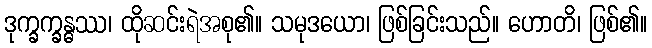
ဒုက္ခက္ခန္ဓဿ၊ ထိုဆင်းရဲအစု၏။ သမုဒယော၊ ဖြစ်ခြင်းသည်။ ဟောတိ၊ ဖြစ်၏။